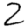
Digit: 2